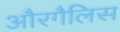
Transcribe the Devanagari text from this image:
औरगैलिस